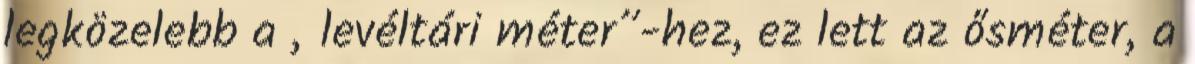
legközelebb a „levéltári méter”-hez, ez lett az ősméter, a